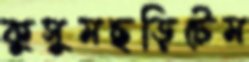
কুসুমছড়িটেম